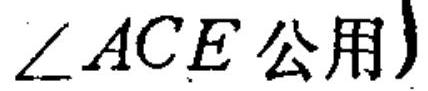
$\left.\angle ACE\text{ 公用}\right\}$